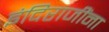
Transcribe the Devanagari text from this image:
इंदिराजींना